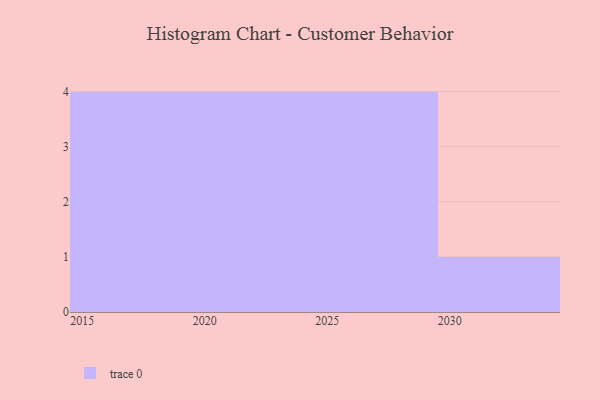
{"axis": {"x": "Year", "y": "Latency (ms)"}, "legend": [""], "data": [{"x": "2016", "y": 61, "type": ""}, {"x": "2026", "y": 27, "type": ""}, {"x": "2021", "y": 7, "type": ""}, {"x": "2023", "y": 81, "type": ""}, {"x": "2018", "y": 91, "type": ""}, {"x": "2022", "y": 79, "type": ""}, {"x": "2029", "y": 55, "type": ""}, {"x": "2027", "y": 48, "type": ""}, {"x": "2028", "y": 56, "type": ""}, {"x": "2015", "y": 92, "type": ""}, {"x": "2024", "y": 39, "type": ""}, {"x": "2030", "y": 2, "type": ""}, {"x": "2019", "y": 68, "type": ""}]}